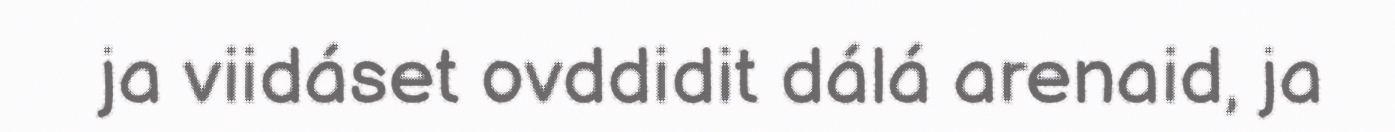
ja viidáset ovddidit dálá arenaid, ja